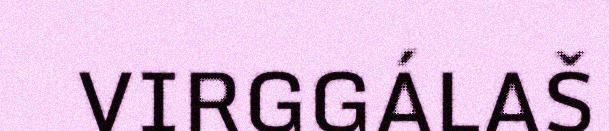
VIRGGÁLAŠ